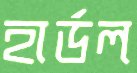
হার্ডল